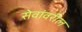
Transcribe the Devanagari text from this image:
सेवांवरील